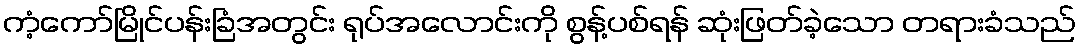
ကံ့ကော်မြိုင်ပန်းခြံအတွင်း ရုပ်အလောင်းကို စွန့်ပစ်ရန် ဆုံးဖြတ်ခဲ့သော တရားခံသည်